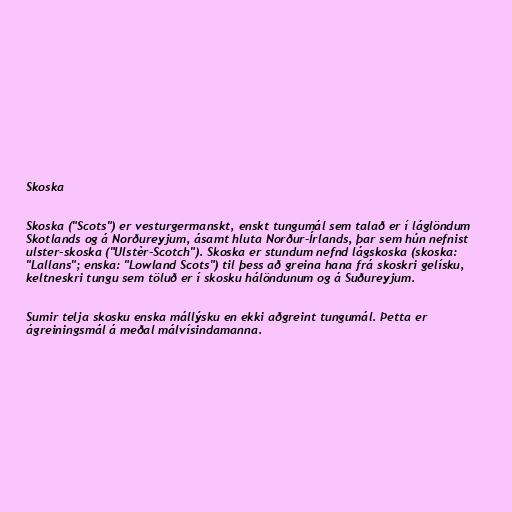
Skoska

Skoska ("Scots") er vesturgermanskt, enskt tungumál sem talað er í láglöndum
Skotlands og á Norðureyjum, ásamt hluta Norður-Írlands, þar sem hún nefnist
ulster-skoska ("Ulstèr-Scotch"). Skoska er stundum nefnd lágskoska (skoska:
"Lallans"; enska: "Lowland Scots") til þess að greina hana frá skoskri gelísku,
keltneskri tungu sem töluð er í skosku hálöndunum og á Suðureyjum.

Sumir telja skosku enska mállýsku en ekki aðgreint tungumál. Þetta er
ágreiningsmál á meðal málvísindamanna.